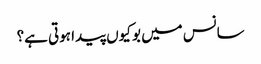
سانس میں بو کیوں پیدا ہوتی ہے؟